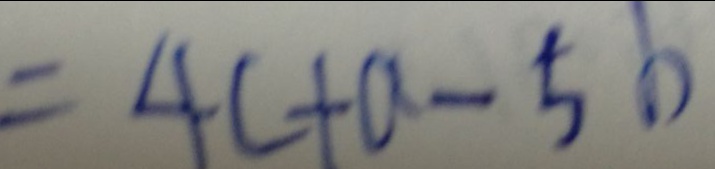
= 4 c + a - 5 b